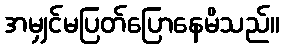
အမျှင်မပြတ်ပြောနေမိသည်။